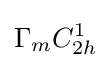
\Gamma _{m}C_{2h}^{1}